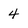
Character: 4